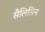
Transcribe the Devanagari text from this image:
सैलिसिन